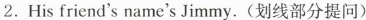
2. His friend's name's _Jimmy. (划线部分提问)